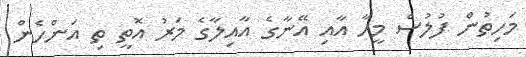
މަހިތުން ފުލުސް މީހާ އާއި އޭނާގެ އާއިލާގެ މަރު އޮތީ ތި އަންހެން